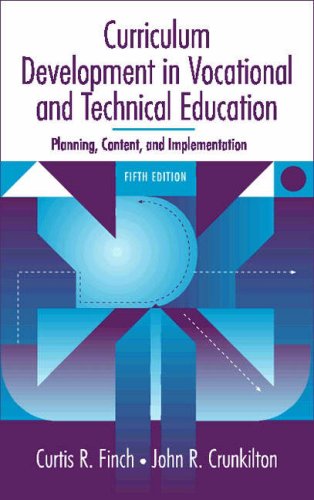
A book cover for Curriculum Development in Vocational and Technical Education: Planning, Content, and Implementation (5th Edition); Curtis R. Finch; Education & Teaching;